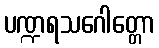
ပဏ္ဍရသဂေါတ္တော